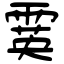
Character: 霙